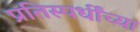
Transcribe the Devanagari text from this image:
प्रतिस्पर्धींच्या